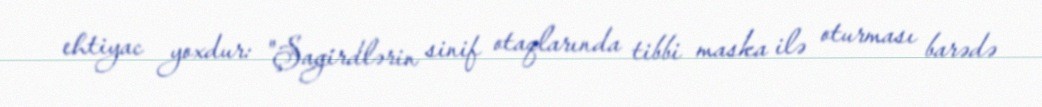
ehtiyac yoxdur: "Şagirdlərin sinif otaqlarında tibbi maska ilə oturması barədə